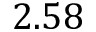
2 . 5 8